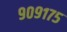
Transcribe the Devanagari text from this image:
९०९१७५